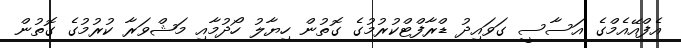
އެފްއޭއެމްގެ އަސާސީ ގަވައިދު ޑްރާފްޓްކުރުމުގެ ގޮތުން ހިޔާލު ހޯދުމާއި މަޝްވަރާ ކުރުމުގެ ގޮތުން